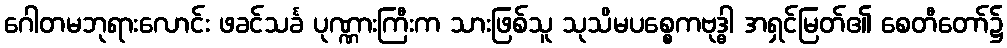
ဂေါတမဘုရားလောင်း ဖခင်သင်္ခ ပုဏ္ဏားကြီးက သားဖြစ်သူ သုသိမပစ္စေကဗုဒ္ဓါ အရှင်မြတ်၏ စေတီတော်၌